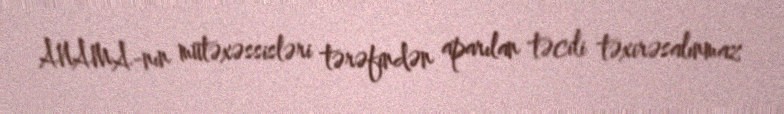
ANAMA-nın mütəxəssisləri tərəfindən aparılan təcili təxirəsalınmaz